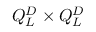
Q _ { L } ^ { D } \times Q _ { L } ^ { D }